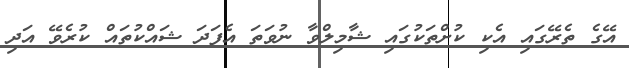
އޭގެ ތެރޭގައި އެކި ކުށްތަކުގައި ޝާމިލްވާ ނުވަތަ އެފަދަ ޝައްކުތައް ކުރެވޭ އަދި